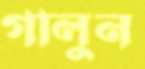
গালুন